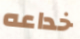
خداعه